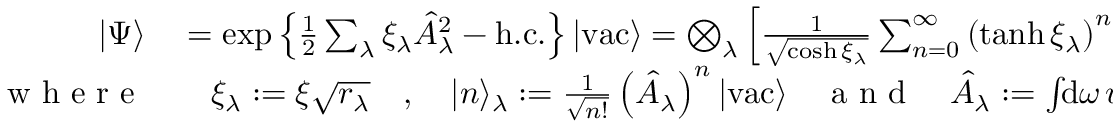
\begin{array} { r l } { | \Psi \rangle } & { { } = \exp \left\{ \frac { 1 } { 2 } \sum _ { \lambda } \xi _ { \lambda } \hat { A } _ { \lambda } ^ { 2 } - \mathrm { h . c . } \right\} | \mathrm { v a c } \rangle = \bigotimes _ { \lambda } \left[ \frac { 1 } { \sqrt { \cosh \xi _ { \lambda } } } \sum _ { n = 0 } ^ { \infty } \left( \operatorname { t a n h } \xi _ { \lambda } \right) ^ { n } \frac { \sqrt { ( 2 n ) ! } } { 2 ^ { n } n ! } | 2 n \rangle _ { \lambda } \right] \, , } \\ { \mathrm { ~ w ~ h ~ e ~ r ~ e ~ } } & { { } \quad \xi _ { \lambda } : = \xi \sqrt { r _ { \lambda } } \quad , \quad | n \rangle _ { \lambda } : = \frac { 1 } { \sqrt { n ! } } \left( \hat { A } _ { \lambda } \right) ^ { n } | \mathrm { v a c } \rangle \quad \mathrm { ~ a ~ n ~ d ~ } \quad \hat { A } _ { \lambda } : = \int \! \! \mathrm { d } \omega \, u _ { \lambda } ( \omega ) \, \hat { a } ^ { \dagger } ( \omega ) \, . } \end{array}